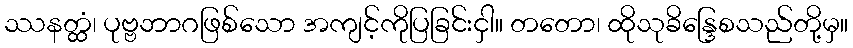
ဿနတ္ထံ၊ ပုဗ္ဗဘာဂဖြစ်သော အကျင့်ကိုပြခြင်းငှါ။ တတော၊ ထိုသုခိန္ဒြေစသည်တို့မှ။